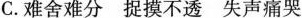
C. 难舍难分捉摸不透失声痛哭